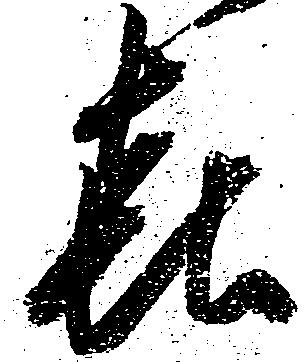
喜